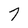
Character: 7